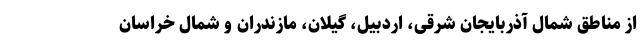
از مناطق شمال آذربایجان شرقی، اردبیل، گیلان، مازندران و شمال خراسان